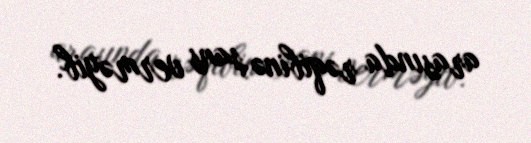
arasında rəqibinə şans verməyib.